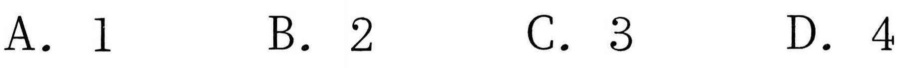
A．\(1\)  B．\(2\)  C．\(3\)  D．\(4\)